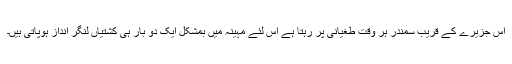
اس جزیرے کے قریب سمندر ہر وقت طغیانی پر رہتا ہے اس لئے مہینہ میں بمشکل ایک دو بار ہی کشتیاں لنگر انداز ہوپاتی ہیں۔